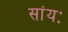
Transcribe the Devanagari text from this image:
सांयः